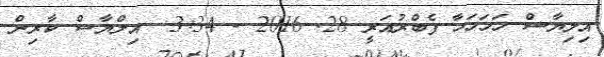
އިލިޔާސް ހަހަހަހާ ފެބްރުއަރީ 28